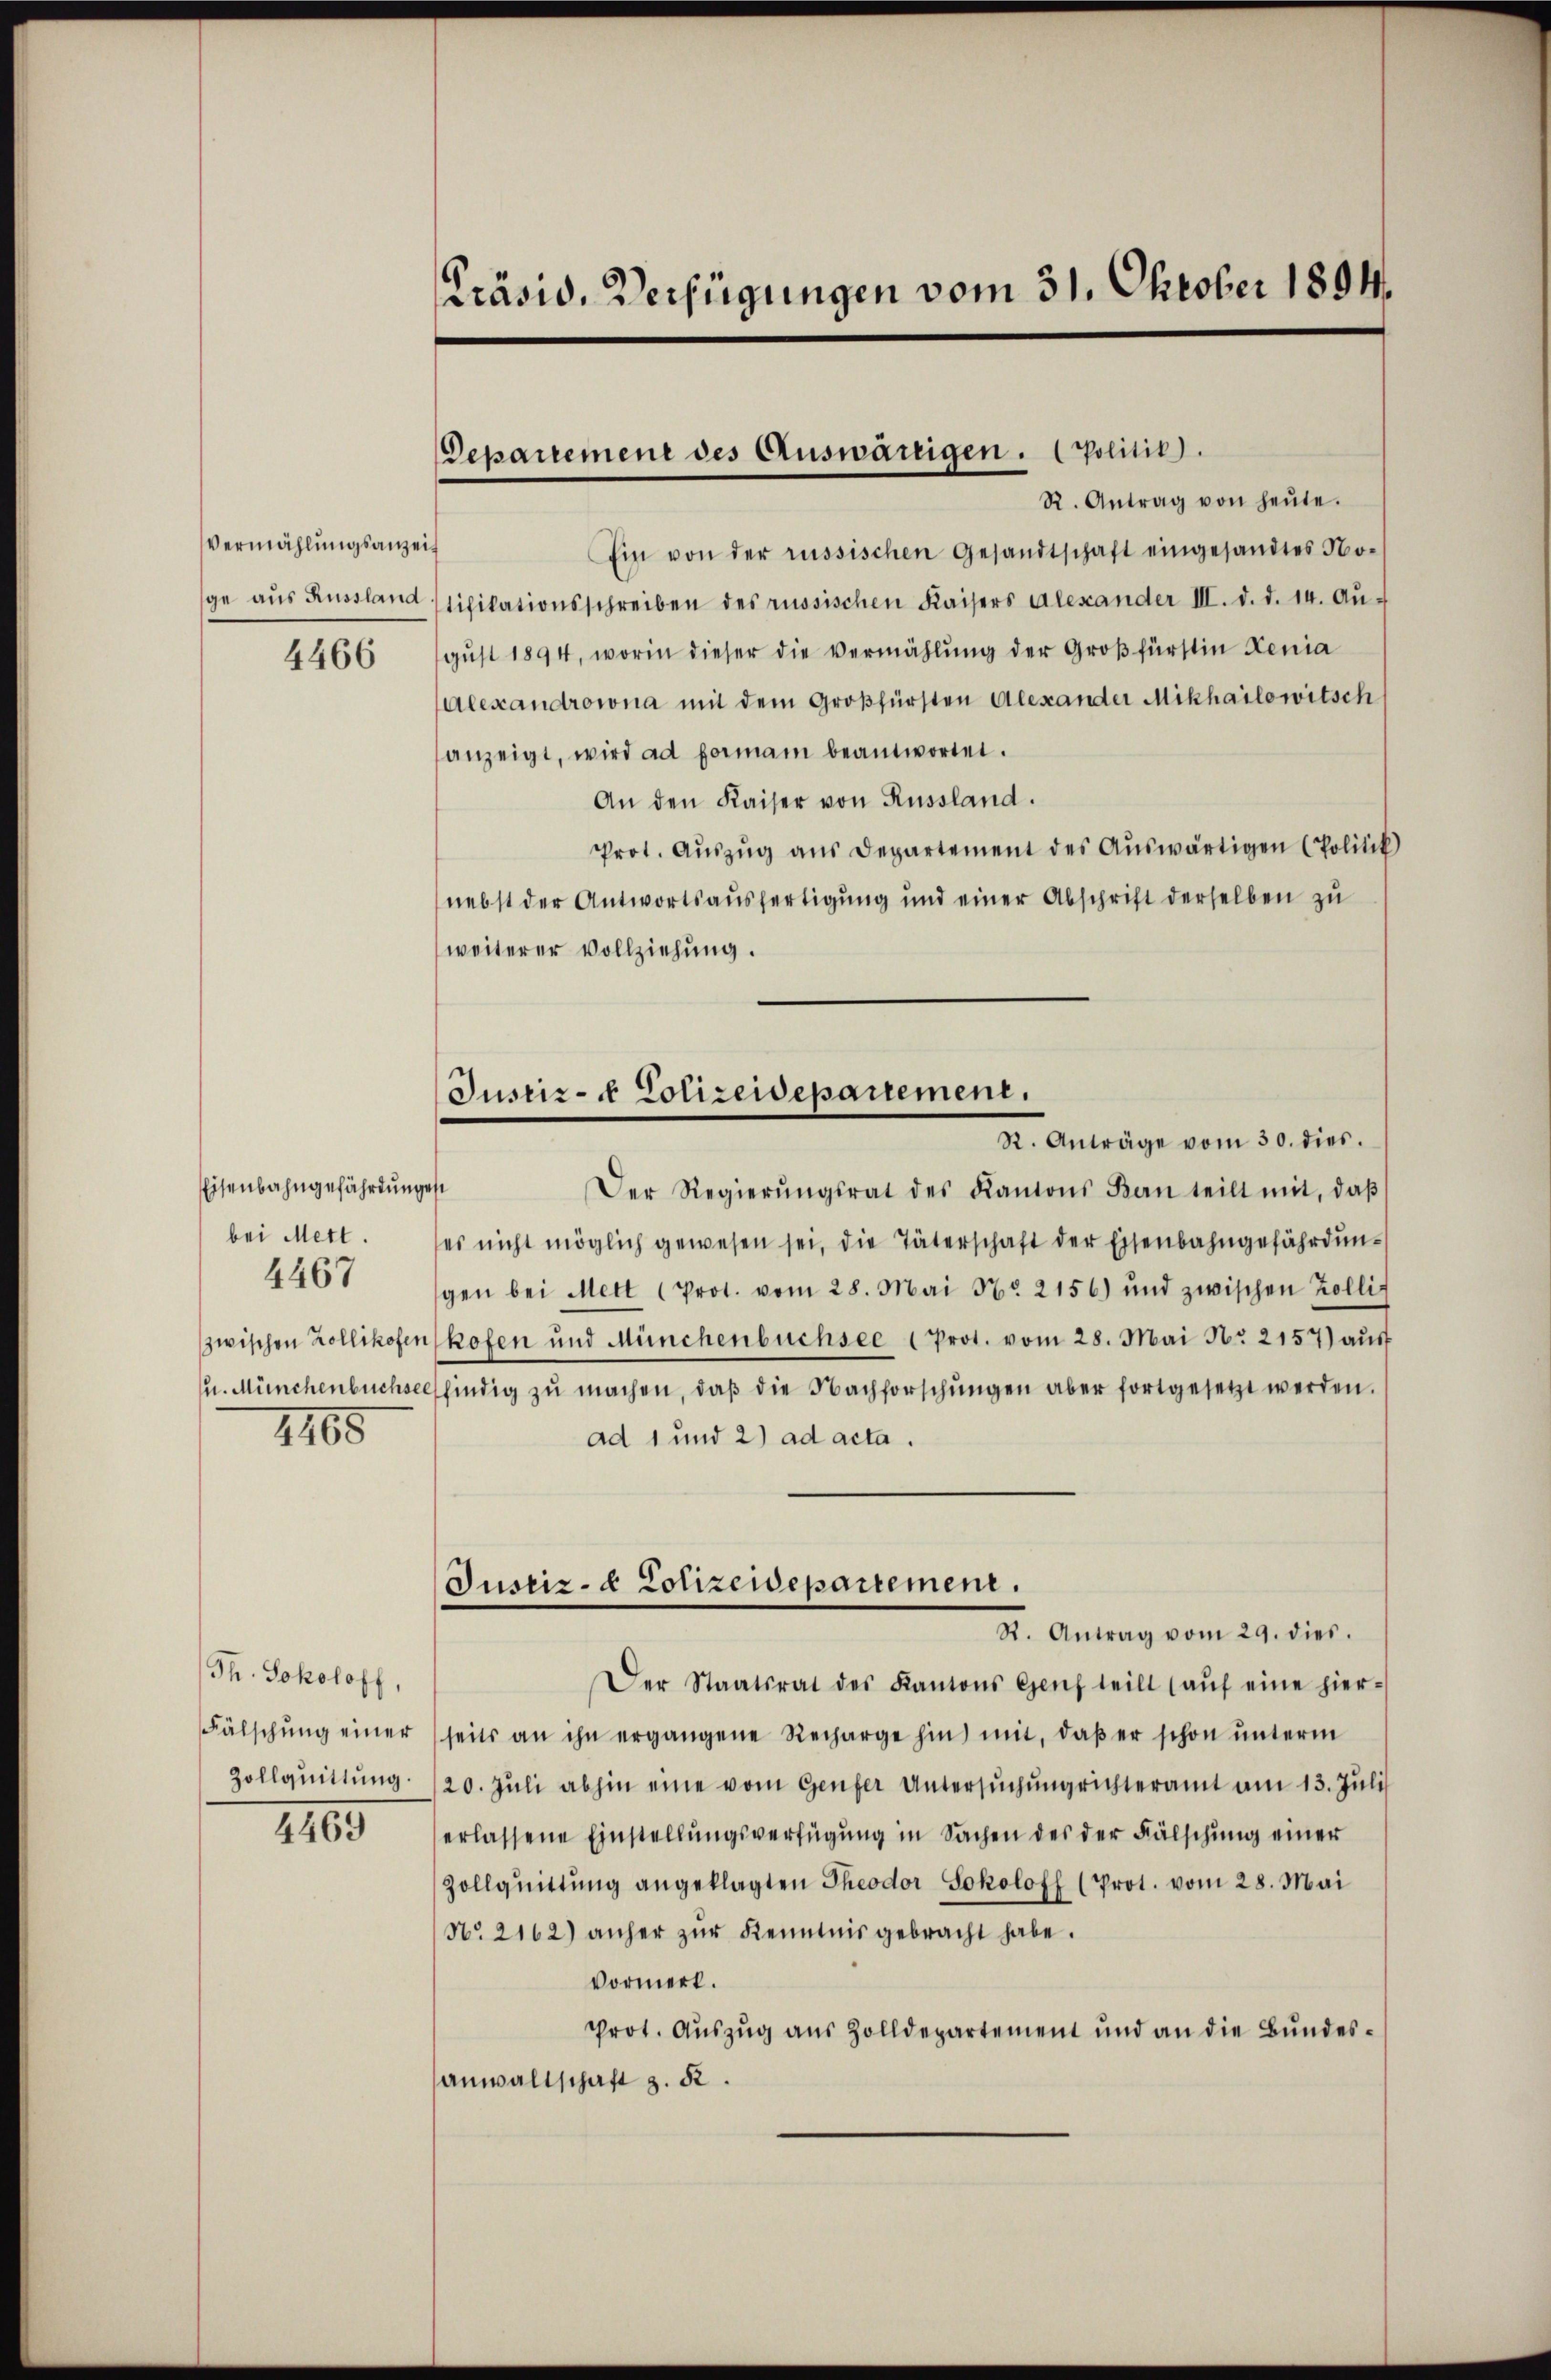
Vermählungsanzei
ge aus Aussland

4466

Eisenbahngefährdung
bei Mett.
zwischen Zollikofer
u. Münchenbuchs
1165

4467

Th. Sokoloff,
Fälschung einer
Zollquittung.

4469

Präsid. Verfügungen vom 31. Oktober 1894.

Departemene des Auswärtigen. (Politik).
R. Antrag von heŭte.

Justiz- & Polizeidepartement.
R. Anträge vom 30. dies.

¬
Ein von der russischen Gesandtschaft eingesandtes Notifikationsschreiben des russischen Kaisers Alexander III. d. d. 14. Au-
gŭst 1894, worin dieser die Vermählung der Großfürstin Lenia
Alexandrowna mit dem Großfürsten Alexander Mikhailowitsch
anzeigt, wird ad formani beantwortet.
An den Kaiser von Russland.
Prot. Aŭszŭg ans Departement des Aŭswärtigen (Politik
nebst der Antwortsausfertigung und einer Abschrift derselben zu
weiterer Vollziehung.
est
Der Regierŭngsrat des Kantons Ban teilt mit, daβ
es nicht möglich gewesen sei, die Täterschaft der Eisenbahngefährdŭn-
gen bei Mett (Prot. vom 28. Mai No 2156) und zwischen Zolli-
kofen und Münchenbüchsee (Prot. vom 28. Mai No 2157) aus
lsfindig zŭ machen, daβ die Nachforschŭngen aber fortgesetzt werden.
ad 1 und 2) ad acta.
Justiz- & Polizeidepartement.
R. Antrag vom 29. dies.
Der Staatsrat des Kantons Genf teilt (aŭf eine hier-
seits an ihn ergangene Recharge hin mit, daβ er schon unterm
20. Jŭli abhin eine vom Genfer Untersŭchŭng richteramt am 13. Juli
erlassene Einstellŭngsverfügŭng in Sachen des der Fälschung einer
Zollqŭittŭng angeklagten Theodor Sokoloff (Prot. vom 28. Mai
No. 2162) anher zŭr Kenntnis gebracht habe.
Vormerk.
prot. Auszug aus Zolldepartement und an die Bundesanwaltschaft z. B.